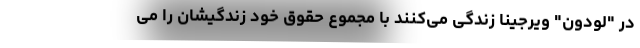
در "لودون" ویرجینا زندگی می‌کنند با مجموع حقوق خود زندگیشان را می